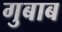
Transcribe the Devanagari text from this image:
गुबाब